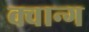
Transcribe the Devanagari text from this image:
क्वान्ग